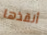
أنقذها